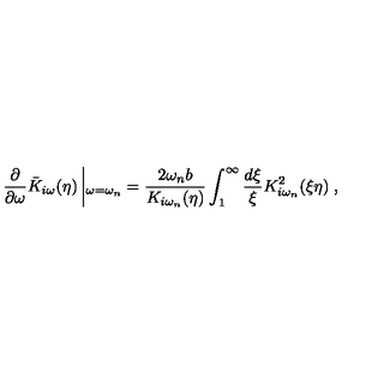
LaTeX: \frac { \partial } { \partial \omega } \bar { K } _ { i \omega } ( \eta ) \left| _ { \omega = \omega _ { n } } = \frac { 2 \omega _ { n } b } { K _ { i \omega _ { n } } ( \eta ) } \int _ { 1 } ^ { \infty } \frac { d \xi } { \xi } K _ { i \omega _ { n } } ^ { 2 } ( \xi \eta ) \right. ,